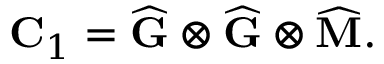
\mathbf { C } _ { 1 } = \widehat { \mathbf { G } } \otimes \widehat { \mathbf { G } } \otimes \widehat { \mathbf { M } } .